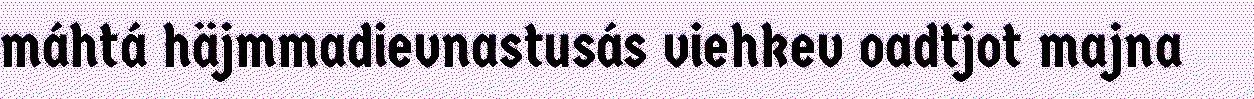
máhtá häjmmadievnastusás viehkev oadtjot majna